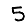
Digit: 5